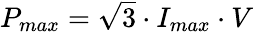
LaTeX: \begin{array}{r}{P_{max}=\sqrt{3}\cdot I_{max}\cdot V}\end{array}